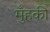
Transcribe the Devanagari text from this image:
मुँहकी